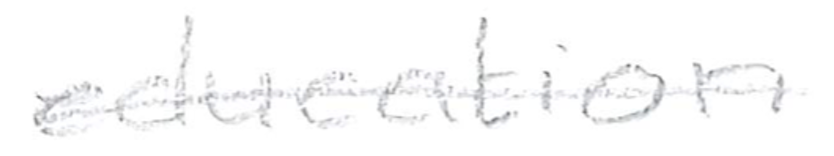
Text: education
Cross-out: single-line
Writing tool: pencil